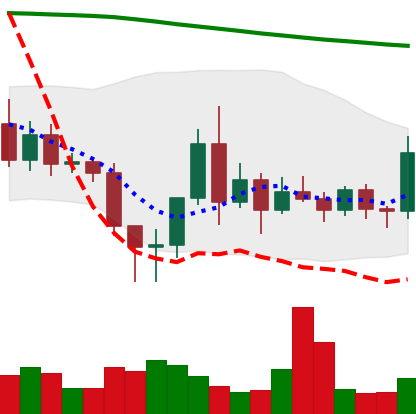
Ticker: ETC-USD
Chart end date: 2020-11-16
Forward return: 23.597%
Label: up_7plus